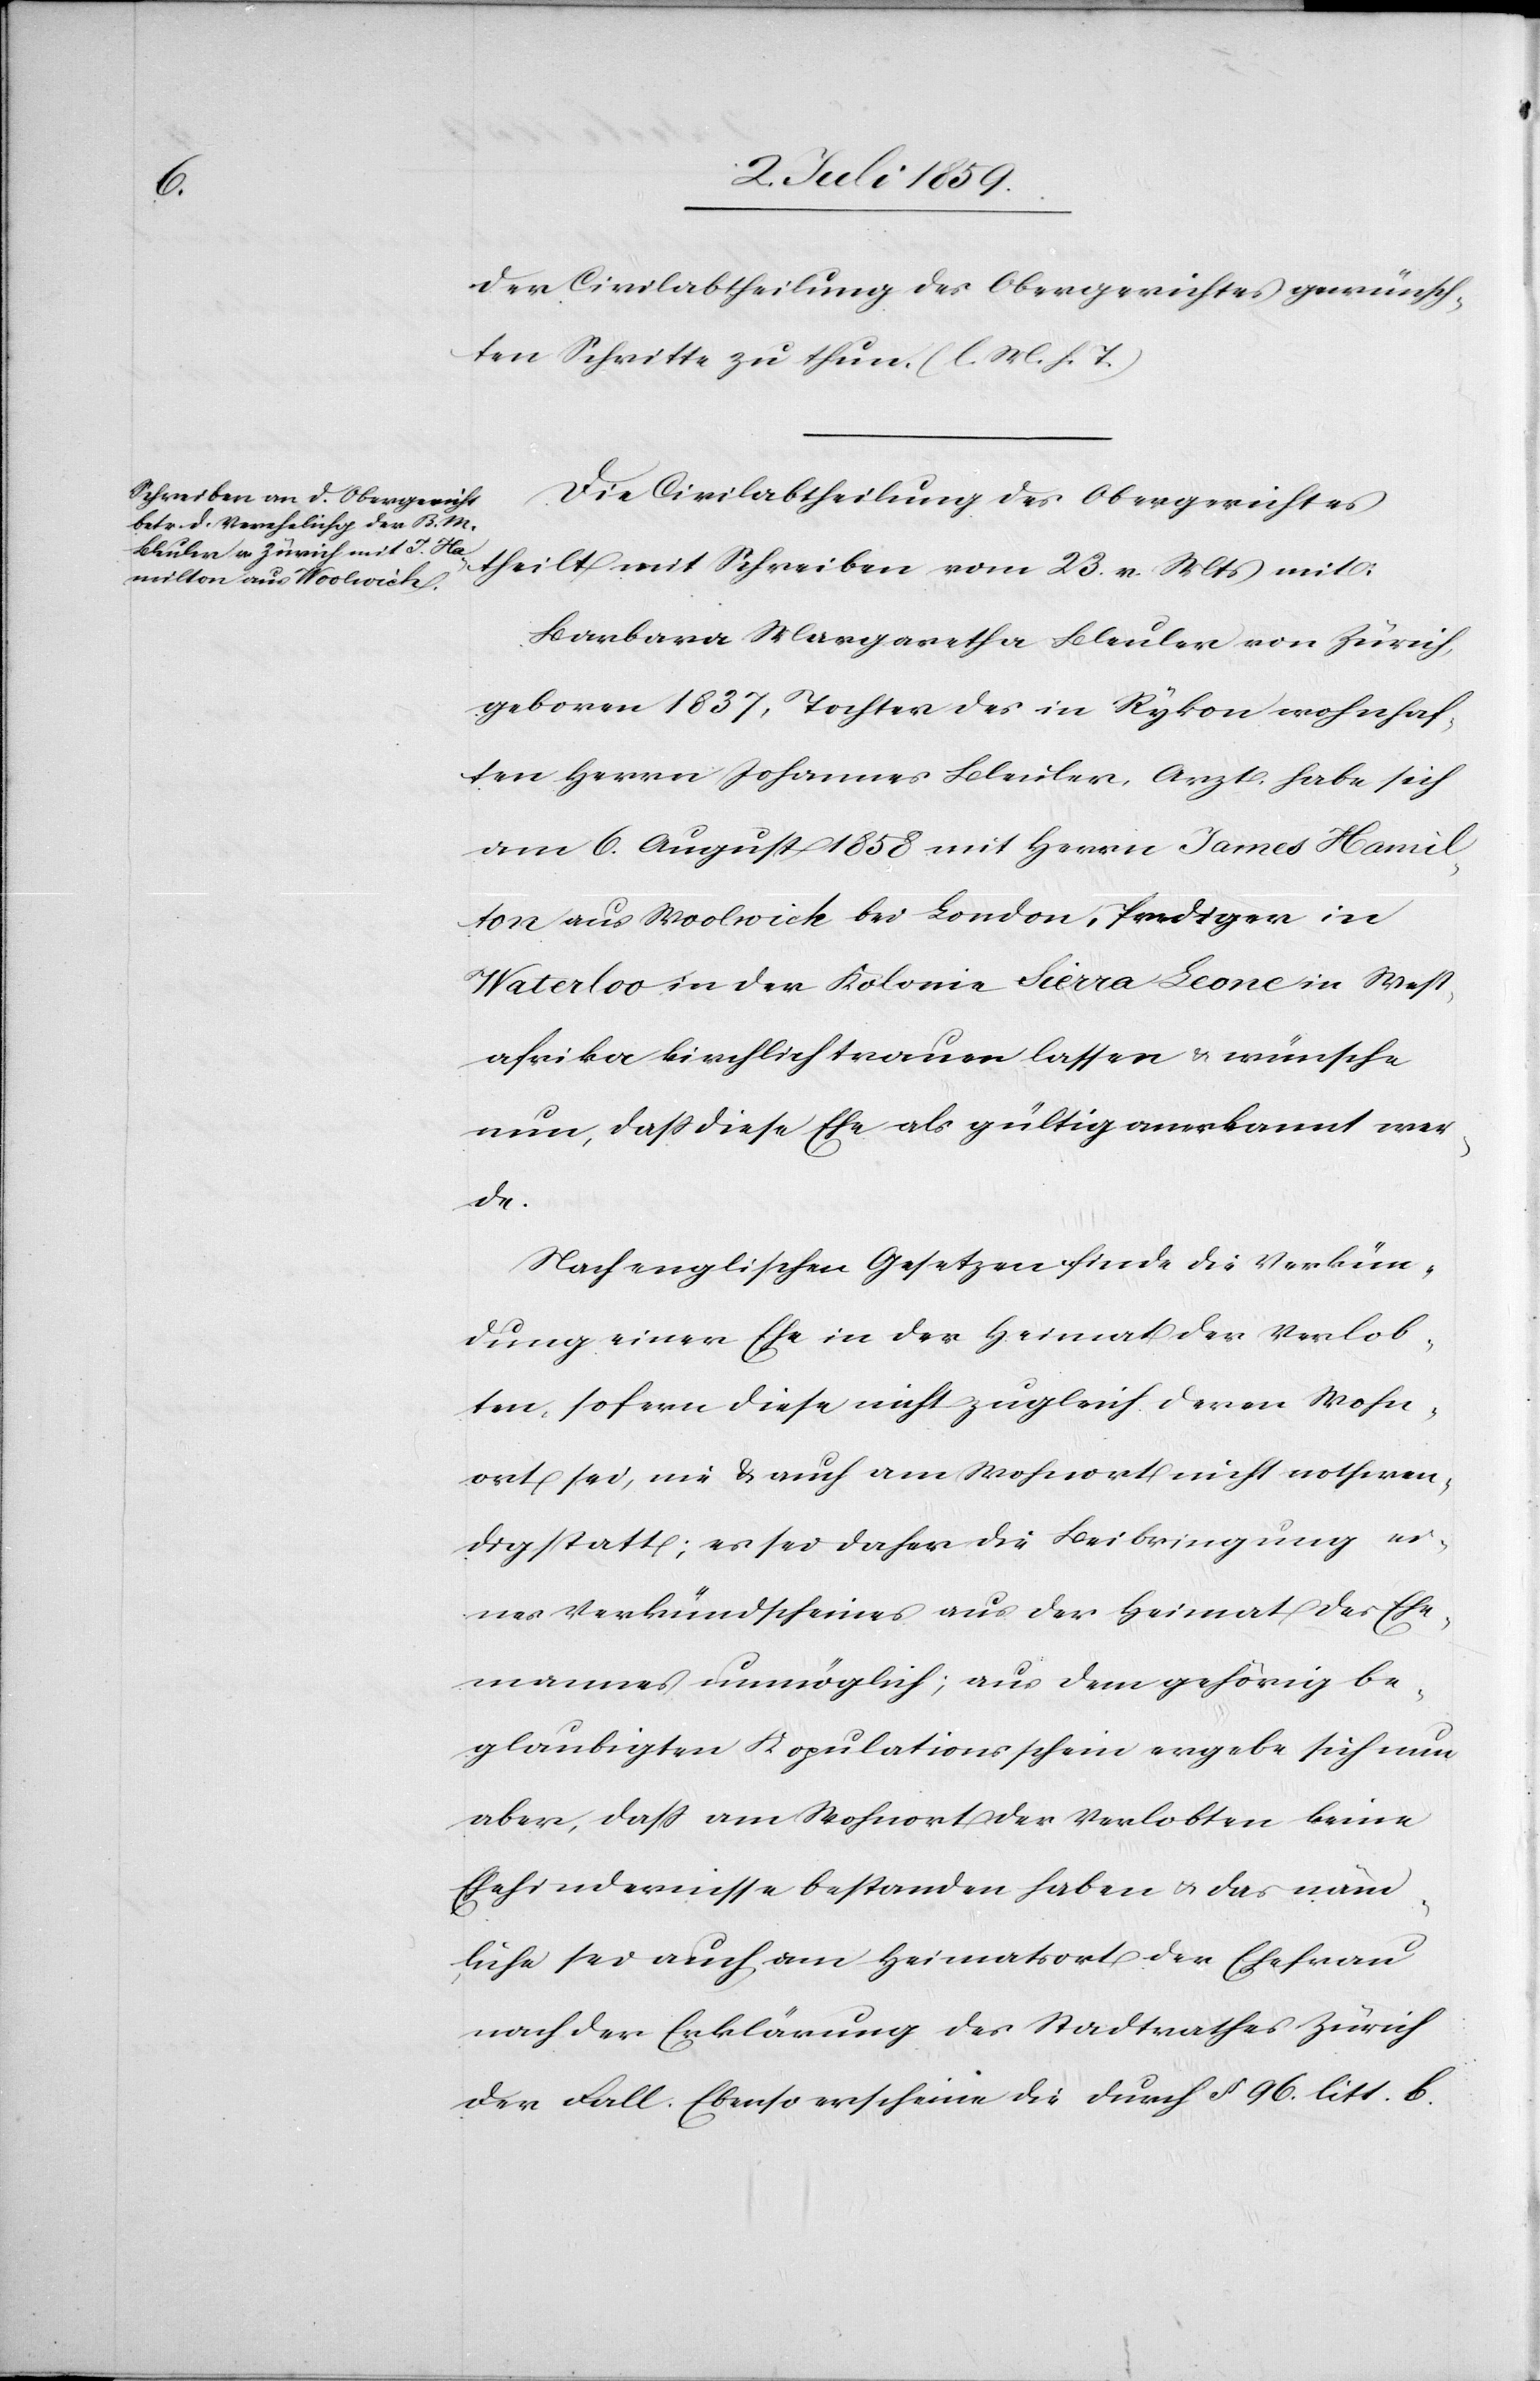
der Civilabtheilung des Obergerichtes gewünsch¬
ten Schritte zu thun. (l. M. h. T.)
Die Civilabtheilung des Obergerichtes
theilt mit Schreiben vom 23. v. Mts mit:
Barbara Margaretha Bleuler von Zürich,
geboren 1837, Tochter des in Rykon wohnhaf¬
ten Herrn Johannes Bleuler, Arzt, habe sich
am 6. August 1858 mit Herrn James Hamil¬
ton aus Woolwich bei London, Prediger in
Waterloo in der Kolonie Sierra Leone in West¬
afrika kirchlich trauen lassen u. wünsche
nun, dass diese Ehe als gültig anerkannt wer¬
de.
Nach englischen Gesetzen finde die Verkün¬
dung einer Ehe in der Heimat der Verlob¬
ten sofern diese nicht zugleich deren Wohn¬
ort sei, nie u. auch am Wohnort nicht nothwen¬
dig statt; es sei daher die Beibringung ei¬
nes Verkündscheines aus der Heimat des Ehe¬
mannes unmöglich; aus dem gehörig be¬
glaubigten Kopulationsschein ergebe sich nun
aber, dass am Wohnort der Verlobten keine
Ehehindernisse bestanden haben u. das näm¬
liche sei auch am Heimatsort der Ehefrau
nach der Erklärung des Stadtrechtes Zürich
der Fall. Ebenso erscheine die durch § 96. litt. b